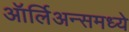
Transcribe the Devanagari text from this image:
ऑर्लिअन्समध्ये